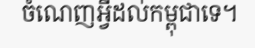
ចំណេញអ្វីដល់កម្ពុជាទេ។